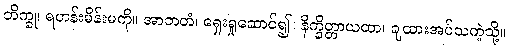
ဘိက္ခု၊ ရဟန်းမိန်းမကို။ အာဘတံ၊ ရှေးရှုဆောင်၍။ နိက္ခိတ္တာယထာ၊ ချထားအပ်သကဲ့သို့။